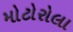
મોટોરોલા